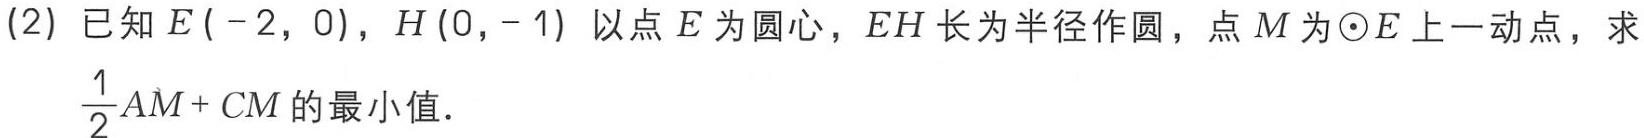
(2) 已知 \(E(-2,0)\)，\(H(0,-1)\) 以点 \(E\) 为圆心，\(EH\) 长为半径作圆，点 \(M\) 为\(\odot E\) 上一动点，求

\(\frac{1}{2}AM + CM\) 的最小值.